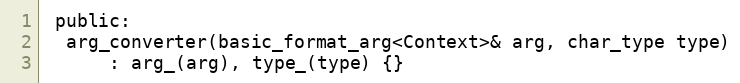
Language: C
 public:
  arg_converter(basic_format_arg<Context>& arg, char_type type)
      : arg_(arg), type_(type) {}